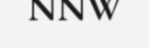
NNW